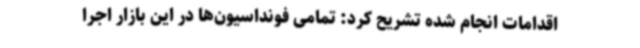
اقدامات انجام شده تشریح کرد: تمامی فونداسیون‌ها در این بازار اجرا